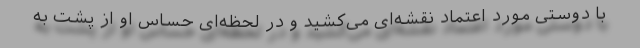
با دوستی مورد اعتماد نقشه‌ای می‌کشید و در لحظه‌ای حساس او از پشت به